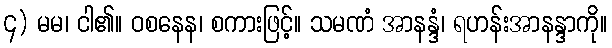
၄) မမ၊ ငါ၏။ ဝစနေန၊ စကားဖြင့်။ သမဏံ အာနန္ဒံ၊ ရဟန်းအာနန္ဒာကို။